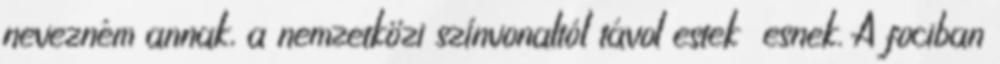
nevezném annak, a nemzetközi színvonaltól távol estek esnek. A fociban